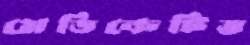
মেডিকেটিভ